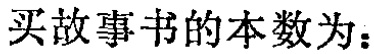
买故事书的本数为：